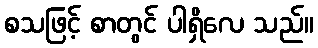
စသဖြင့် စာတွင် ပါရှိလေ သည်။